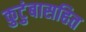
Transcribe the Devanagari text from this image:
कुटुंबासहित